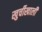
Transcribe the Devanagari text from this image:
खुर्चीखाली